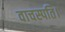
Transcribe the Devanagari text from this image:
वाचस्‍पति।